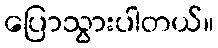
ပြောသွားပါတယ်။